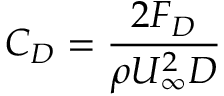
C _ { D } = \frac { 2 F _ { D } } { \rho U _ { \infty } ^ { 2 } D }